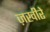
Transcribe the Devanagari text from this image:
ज़खीरे